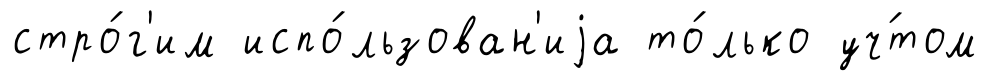
стро́г'им испо́льзован'иjа то́лько уч́том